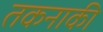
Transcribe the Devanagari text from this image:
तकनाकी